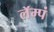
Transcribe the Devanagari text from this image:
लॅम्पं